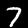
Digit: 7